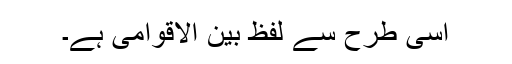
اسی طرح سے لفظ بین الاقوامی ہے۔